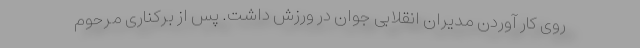
روی کار آوردن مدیران انقلابی جوان در ورزش داشت. پس از برکناری مرحوم